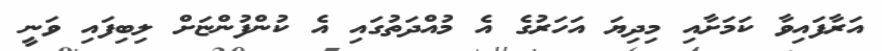
އަރާފައިވާ ކަމަށާއި މިދިޔަ އަހަރުގެ އެ މުއްދަތުގައި އެ ކުންފުންޏަށް ލިބިފައި ވަނީ